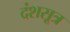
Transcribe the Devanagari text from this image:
दंशसूत्र